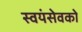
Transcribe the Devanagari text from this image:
स्‍वयंसेवको